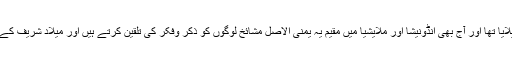
وہاں یمن سے آئے ہوئے مشائخ نے اسلام پھیلایا تھا اور آج بھی انڈونیشا اور ملایشیا میں مقیم یہ یمنی الاصل مشائخ لوگوں کو ذکر وفکر کی تلقین کرتے ہیں اور میلاد شریف کے مہینے میں بہت اہتمام سے میلاد مناتے ہیں۔